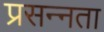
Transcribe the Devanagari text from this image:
प्रसन्‍नता